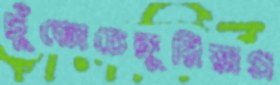
ছুঁতোচেঙ্গুরিয়াপ্র